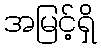
အမြင့်ရှိ